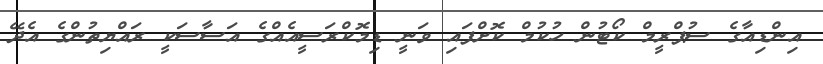
އިންޑިއާގެ ސުޕްރީމް ކޯޓުން ހުކުމް ކޮށްފައި ވަނީ ޑިމޮކްރަސީއެއްގެ އަސާސަކީ ރައްޔިތުންގެ އެދޭ